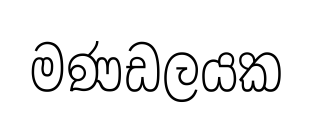
මණඩලයක